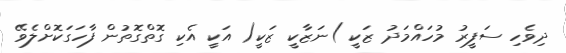
ދިވެހި ސަފީރު މުހައްމަދު ޒަކީ )ނަޒާކީ ޒަކީ( އަކީ އެކި ގޮތްގޮތުން ފާހަގަކޮށްލެވޭ